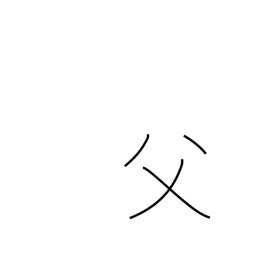
Meaning: father